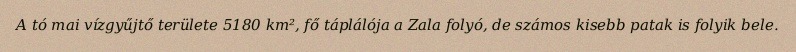
A tó mai vízgyűjtő területe 5180 km², fő táplálója a Zala folyó, de számos kisebb patak is folyik bele.